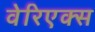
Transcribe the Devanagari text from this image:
वेरिएक्स